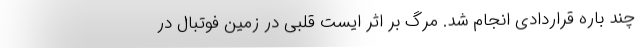
چند باره قراردادی انجام شد. مرگ بر اثر ایست قلبی در زمین فوتبال در